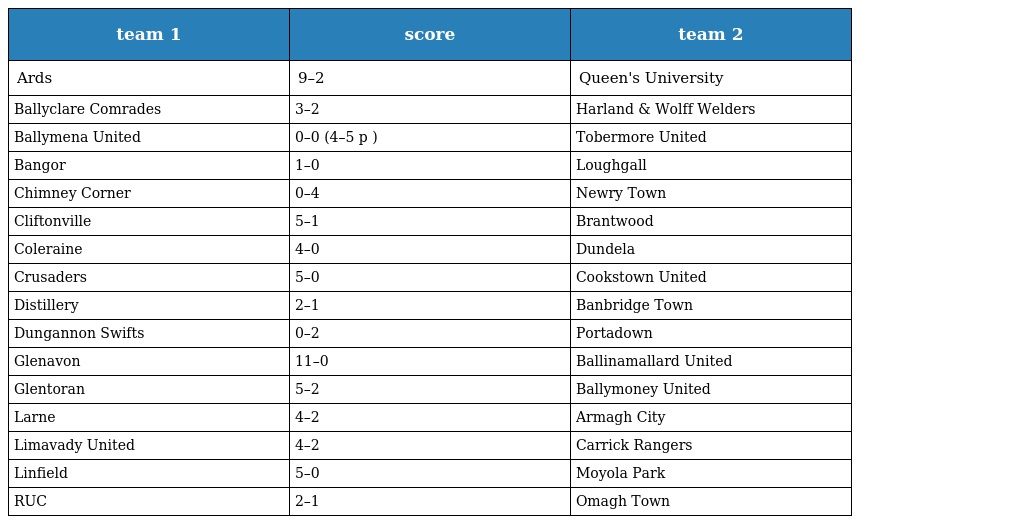
| team 1 | score | team 2 |
 | --- | --- | --- |
 | Ards | 9–2 | Queen's University |
 | Ballyclare Comrades | 3–2 | Harland & Wolff Welders |
 | Ballymena United | 0–0 (4–5 p ) | Tobermore United |
 | Bangor | 1–0 | Loughgall |
 | Chimney Corner | 0–4 | Newry Town |
 | Cliftonville | 5–1 | Brantwood |
 | Coleraine | 4–0 | Dundela |
 | Crusaders | 5–0 | Cookstown United |
 | Distillery | 2–1 | Banbridge Town |
 | Dungannon Swifts | 0–2 | Portadown |
 | Glenavon | 11–0 | Ballinamallard United |
 | Glentoran | 5–2 | Ballymoney United |
 | Larne | 4–2 | Armagh City |
 | Limavady United | 4–2 | Carrick Rangers |
 | Linfield | 5–0 | Moyola Park |
 | RUC | 2–1 | Omagh Town |